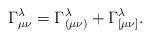
LaTeX: \begin{align*}\Gamma^\lambda_{\mu\nu}=\Gamma^\lambda_{(\mu\nu)}+\Gamma^\lambda_{[\mu\nu]}.\end{align*}